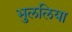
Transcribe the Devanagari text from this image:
भुललिया